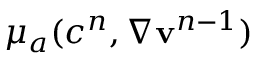
\mu _ { a } ( c ^ { n } , \nabla { \bf v } ^ { n - 1 } )